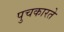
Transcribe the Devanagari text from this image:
पुचकारते